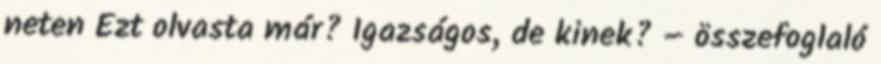
neten Ezt olvasta már? Igazságos, de kinek? – összefoglaló